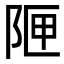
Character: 𮥇